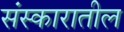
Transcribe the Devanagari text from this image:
संस्कारातील